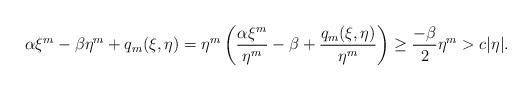
LaTeX: \begin{align*}\alpha\xi^{m}-\beta \eta^{m}+q_{m}(\xi,\eta)= \eta^{m}\left(\frac{\alpha\xi^{m}}{ \eta^{m}}-\beta +\frac{q_{m}(\xi,\eta)}{ \eta^{m}} \right) \geq \frac{-\beta}{2}\eta^{m} >c |\eta|.\end{align*}